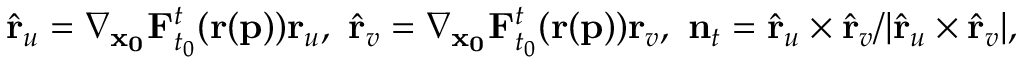
\hat { \mathbf { r } } _ { u } = \nabla _ { \mathbf { x _ { 0 } } } \mathbf { F } _ { t _ { 0 } } ^ { t } ( \mathbf { r } ( \mathbf { p } ) ) \mathbf { r } _ { u } , \ \hat { \mathbf { r } } _ { v } = \nabla _ { \mathbf { x _ { 0 } } } \mathbf { F } _ { t _ { 0 } } ^ { t } ( \mathbf { r } ( \mathbf { p } ) ) \mathbf { r } _ { v } , \ \mathbf { n } _ { t } = \hat { \mathbf { r } } _ { u } \times \hat { \mathbf { r } } _ { v } / \vert \hat { \mathbf { r } } _ { u } \times \hat { \mathbf { r } } _ { v } \vert ,